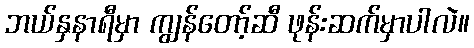
ဘယ်နှနာရီမှာ ကျွန်တော့်ဆီ ဖုန်းဆက်မှာပါလဲ။